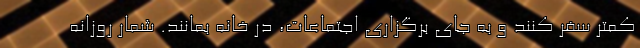
کمتر سفر کنند و به جای برگزاری اجتماعات، در خانه بمانند. شمار روزانه